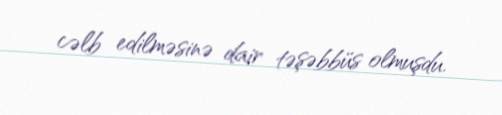
cəlb edilməsinə dair təşəbbüs olmuşdu.